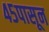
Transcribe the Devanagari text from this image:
४५पासून